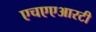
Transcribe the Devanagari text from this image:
एचएएआरटी